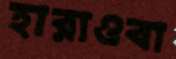
হারাওবা